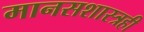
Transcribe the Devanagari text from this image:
मानसशास्त्रही